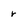
Character: r